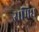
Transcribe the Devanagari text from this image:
सम्रिध